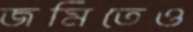
জমিতেও